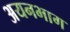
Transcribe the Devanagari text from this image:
अयनभाग